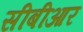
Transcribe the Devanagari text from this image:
सीबीआर